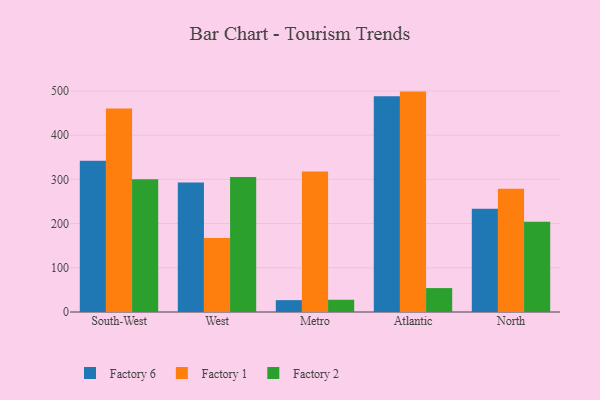
{"axis": {"x": "Region", "y": "Gross Profit (USD K)"}, "legend": ["Factory 1", "Factory 2", "Factory 6"], "data": [{"x": "South-West", "y": 342.1, "type": "Factory 6"}, {"x": "South-West", "y": 460.1, "type": "Factory 1"}, {"x": "South-West", "y": 300.3, "type": "Factory 2"}, {"x": "West", "y": 293.0, "type": "Factory 6"}, {"x": "West", "y": 167.1, "type": "Factory 1"}, {"x": "West", "y": 305.4, "type": "Factory 2"}, {"x": "Metro", "y": 26.8, "type": "Factory 6"}, {"x": "Metro", "y": 317.9, "type": "Factory 1"}, {"x": "Metro", "y": 27.7, "type": "Factory 2"}, {"x": "Atlantic", "y": 487.8, "type": "Factory 6"}, {"x": "Atlantic", "y": 498.5, "type": "Factory 1"}, {"x": "Atlantic", "y": 54.1, "type": "Factory 2"}, {"x": "North", "y": 233.5, "type": "Factory 6"}, {"x": "North", "y": 278.8, "type": "Factory 1"}, {"x": "North", "y": 204.0, "type": "Factory 2"}]}